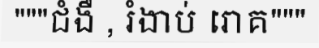
"""ជំងឺ , រំងាប់ រោគ"""